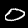
Digit: 0